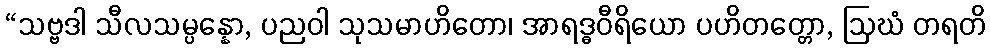
“သဗ္ဗဒါ သီလသမ္ပန္နော, ပညဝါ သုသမာဟိတော၊ အာရဒ္ဓဝီရိယော ပဟိတတ္တော, ဩဃံ တရတိ